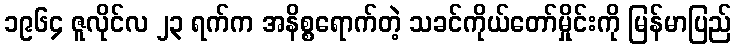
၁၉၆၄ ဇူလိုင်လ ၂၃ ရက်က အနိစ္စရောက်တဲ့ သခင်ကိုယ်တော်မှိုင်းကို မြန်မာပြည်